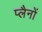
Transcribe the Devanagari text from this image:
प्लैनों